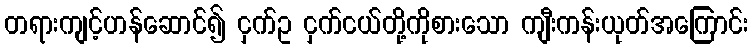
တရားကျင့်ဟန်ဆောင်၍ ငှက်ဥ ငှက်ငယ်တို့ကိုစားသော ကျီးကန်းယုတ်အကြောင်း